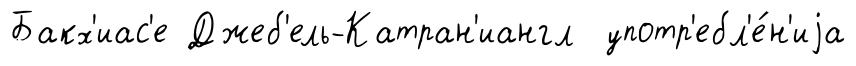
Бакх'иас'е Джеб'ель-Катран'иангл употр'ебл'е́н'иjа